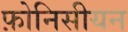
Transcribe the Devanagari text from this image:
फ़ोनिसीयन